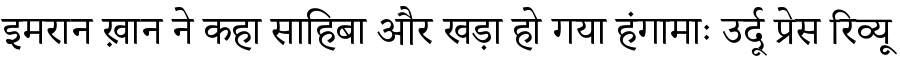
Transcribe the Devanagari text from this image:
इमरान ख़ान ने कहा साहिबा और खड़ा हो गया हंगामाः उर्दू प्रेस रिव्यू